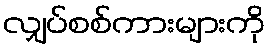
လျှပ်စစ်ကားများကို